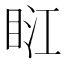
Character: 𥆀